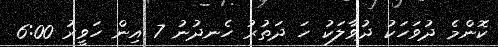
ކޮންމެ ދުވަހަކު ދުވާލަކު ހަ ދަތުރު ހެނދުނު 7 އިން ހަވީރު 6:00